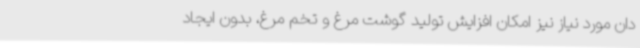
دان مورد نیاز نیز امکان افزایش تولید گوشت مرغ و تخم مرغ، بدون ایجاد